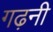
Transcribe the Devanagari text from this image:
गढ़नी